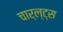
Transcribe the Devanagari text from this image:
चार्ल्ट्स